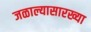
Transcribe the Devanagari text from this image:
जळाल्यासारख्या